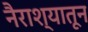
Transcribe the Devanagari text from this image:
नैराश्यातून